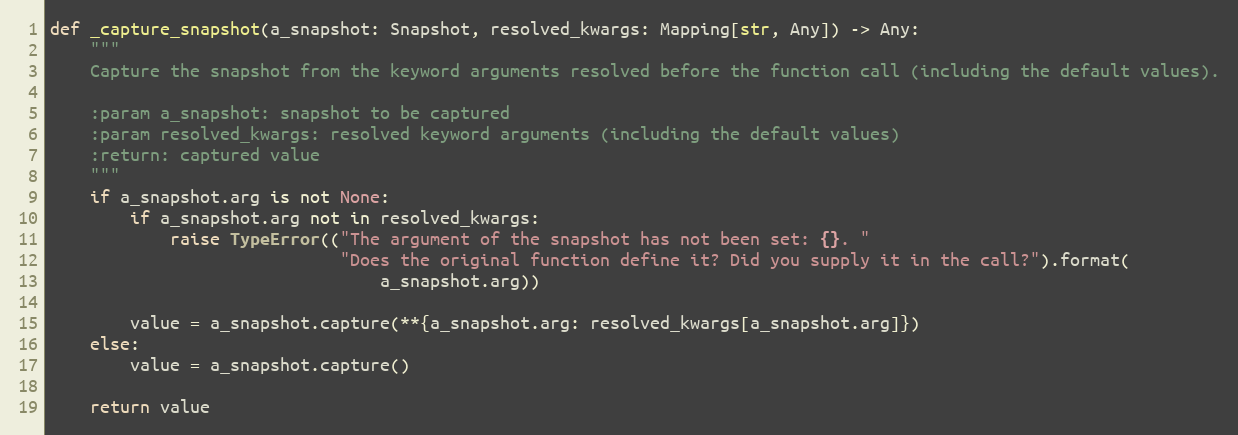
Language: Python
def _capture_snapshot(a_snapshot: Snapshot, resolved_kwargs: Mapping[str, Any]) -> Any:
    """
    Capture the snapshot from the keyword arguments resolved before the function call (including the default values).

    :param a_snapshot: snapshot to be captured
    :param resolved_kwargs: resolved keyword arguments (including the default values)
    :return: captured value
    """
    if a_snapshot.arg is not None:
        if a_snapshot.arg not in resolved_kwargs:
            raise TypeError(("The argument of the snapshot has not been set: {}. "
                             "Does the original function define it? Did you supply it in the call?").format(
                                 a_snapshot.arg))

        value = a_snapshot.capture(**{a_snapshot.arg: resolved_kwargs[a_snapshot.arg]})
    else:
        value = a_snapshot.capture()

    return value